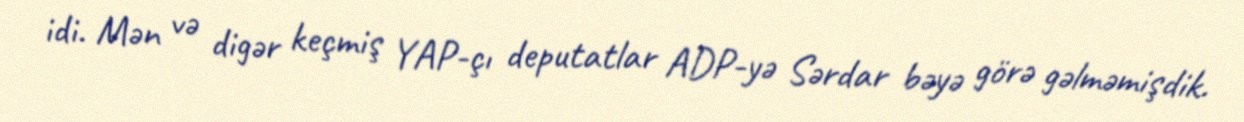
idi. Mən və digər keçmiş YAP-çı deputatlar ADP-yə Sərdar bəyə görə gəlməmişdik.